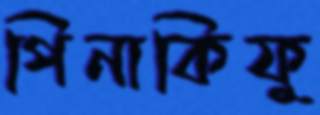
পিনাকিফু